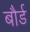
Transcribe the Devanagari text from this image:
बौर्ड